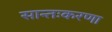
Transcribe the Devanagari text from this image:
सान्तःकरणा